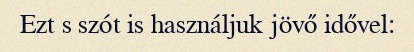
Ezt s szót is használjuk jövő idővel: